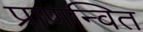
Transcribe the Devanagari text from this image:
प्राणन्वित